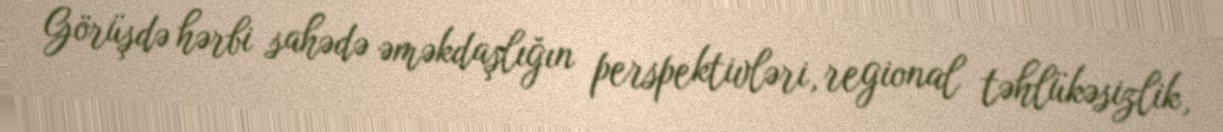
Görüşdə hərbi sahədə əməkdaşlığın perspektivləri, regional təhlükəsizlik,